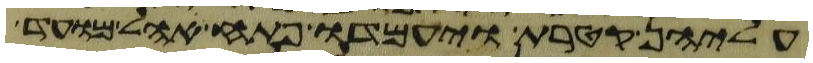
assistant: עליהן קטרת ויעמדו פתח אהל מועד